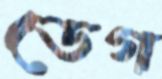
ডেগ